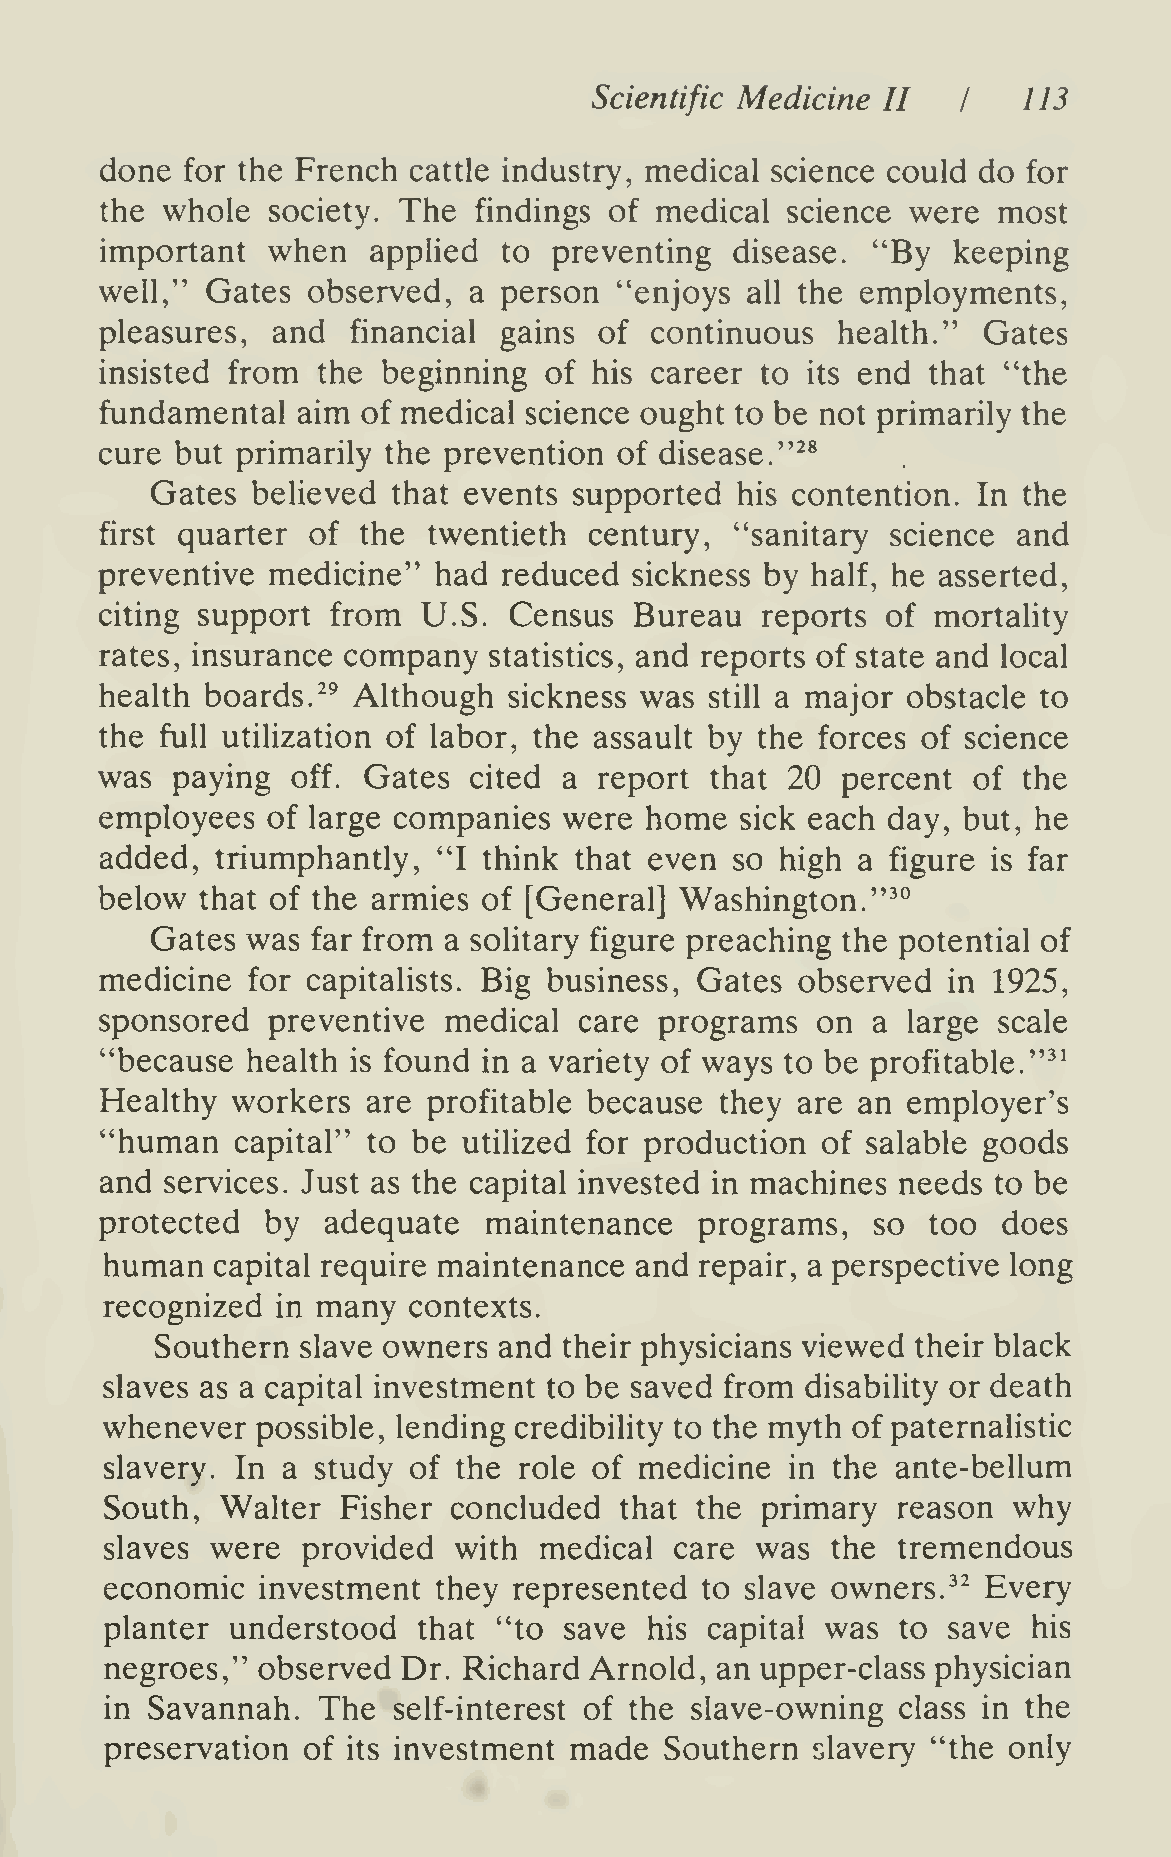
Scientific Medicine II       113
 I
 done for the French cattle industry, medical science could do for
 the whole  society. The findings of medical  science were  most
 important  when   applied to  preventing  disease. "By  keeping
 well," Gates observed,  a person  "enjoys all the employments,
 pleasures, and  financial gains  of continuous  health."  Gates
 insisted from the beginning  of his career to its end that "the
 fundamental  aim of medical science ought to be not primarily the
 cure but primarily the prevention of disease."^*
 Gates  believed that events supported  his contention. In the
 first quarter of the twentieth  century,  "sanitary science and
 preventive medicine"  had reduced  sickness by half, he asserted,
 citing support from  U.S.  Census  Bureau  reports  of mortahty
 rates, insurance company statistics, and reports of state and local
 health boards.^^ Although  sickness was still a major obstacle to
 the full utilization of labor, the assault by the forces of science
 was paying  off. Gates  cited a  report that 20  percent of  the
 employees  of large companies were  home  sick each day, but, he
 added, triumphantly,  "I think that even  so high a figure is far
 below that of the armies of [General] Washington."^°
 Gates was  far from a solitary figure preaching the potential of
 medicine for capitalists. Big business. Gates observed  in 1925,
 sponsored  preventive medical  care  programs  on  a large scale
 "because health is found in a variety of ways to be profitable."^'
 Healthy workers  are profitable because  they are an employer's
 "human   capital" to be utilized for production of salable goods
 and services. Just as the capital invested in machines needs to be
 protected  by adequate   maintenance   programs,   so  too does
 human  capital require maintenance and repair, a perspective long
 recognized in many  contexts.
 Southern  slave owners and their physicians viewed their black
 slaves as a capital investment to be saved from disability or death
 whenever  possible, lending credibility to the myth of paternalistic
 slavery. In a study of the role of medicine  in the ante-bellum
 South,  Walter  Fisher concluded  that the primary  reason  why
 slaves were  provided  with  medical  care was  the tremendous
 economic  investment  they represented to slave owners.^^ Every
 planter understood   that "to save  his capital was  to save his
 negroes," observed  Dr. Richard Arnold, an upper-class physician
 in Savannah.  The  self-interest of the slave-owning class in the
 preservation of its investment made  Southern  slavery "the only